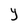
Character: Y